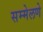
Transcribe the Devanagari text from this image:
सम्मेलणे